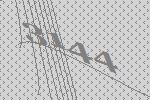
3144